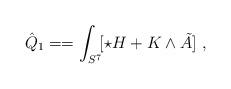
LaTeX: \begin{align*}\hat Q_1 = =\int_{S^7} \! [\star H + K\wedge \tilde A]\ ,\end{align*}